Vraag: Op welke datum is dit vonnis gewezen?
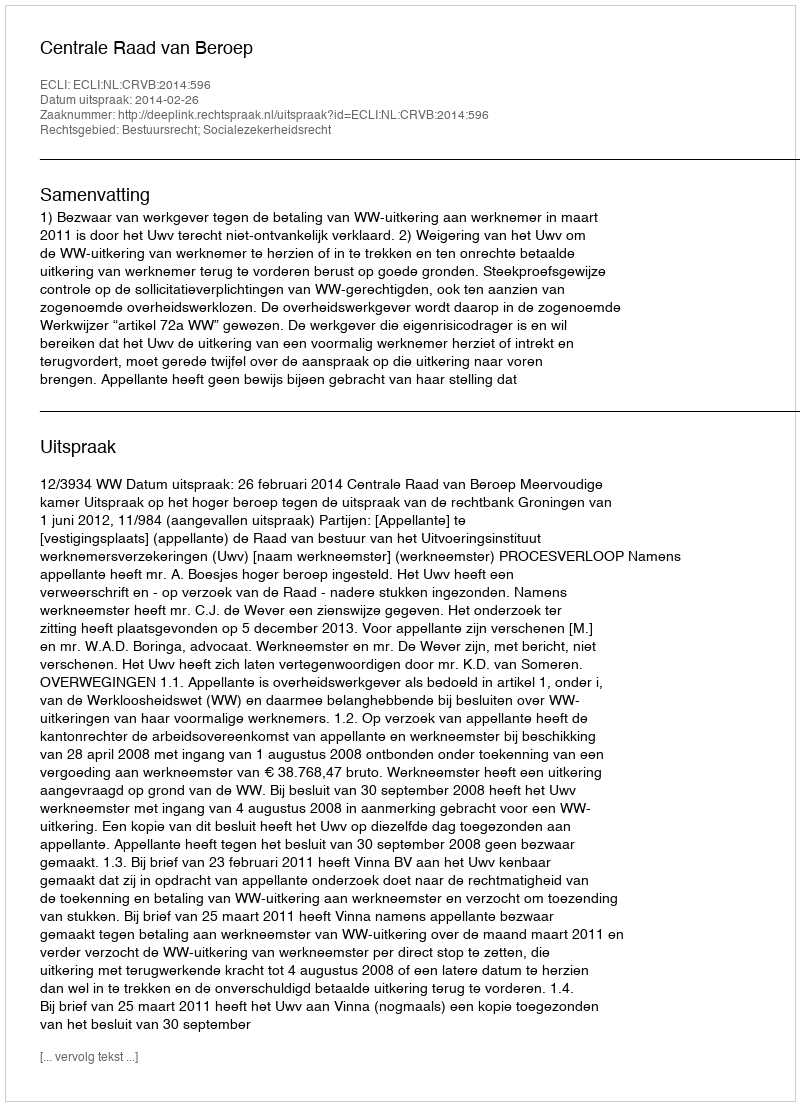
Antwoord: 2014-02-26